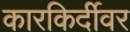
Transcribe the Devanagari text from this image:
कारकिर्दीवर